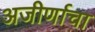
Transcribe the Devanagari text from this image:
अजीर्णाचा